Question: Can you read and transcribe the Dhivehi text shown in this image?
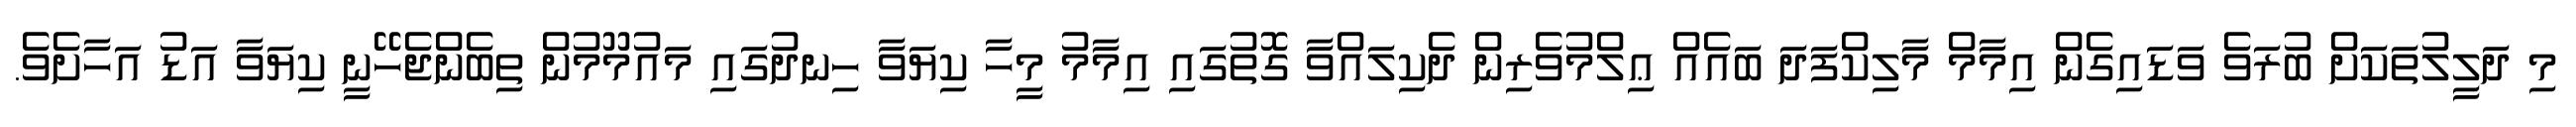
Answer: މި ދަލީލުތަކަށް ބުރަވެ ވަޑައިގެން އިމާމް މާލިކްފަދަ ބައެއް ޢިލްމުވެރިން ދެކިލައްވާ ގޮތުގައި އިމާމު މީހާ ކިޔަވާ ހިނދުގައި މައުމޫމުން ތިބެންޖެހޭނީ ކިޔަވާ އަޑު އަހާށެވެ.